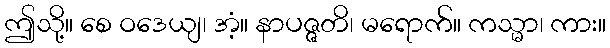
ဤသို့။ စေ ဝဒေယျ၊ အံ့။ နာပဇ္ဇတိ၊ မရောက်။ ကသ္မာ၊ ကား။